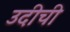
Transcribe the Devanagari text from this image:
उदीची